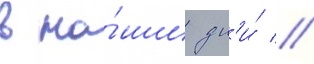
в на́ши дн'и́ //